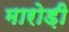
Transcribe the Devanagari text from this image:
मारोड़ी